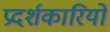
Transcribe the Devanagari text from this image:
प्रदर्शकारियों